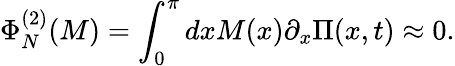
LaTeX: \Phi_{N}^{(2)}(M)=\int_{0}^{\pi}dxM(x)\partial_{x}\Pi(x,t)\approx 0.